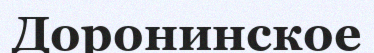
Доронинское